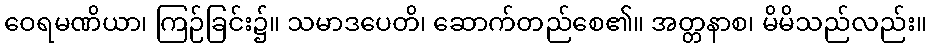
ဝေရမဏိယာ၊ ကြဉ်ခြင်း၌။ သမာဒပေတိ၊ ဆောက်တည်စေ၏။ အတ္တနာစ၊ မိမိသည်လည်း။